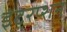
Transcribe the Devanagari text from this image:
इंटरप्शन